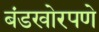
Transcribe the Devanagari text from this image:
बंडखोरपणे